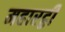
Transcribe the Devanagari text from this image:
महारट्ठी